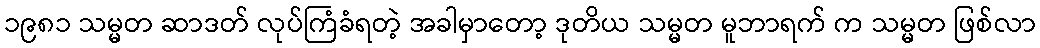
၁၉၈၁ သမ္မတ ဆာဒတ် လုပ်ကြံခံရတဲ့ အခါမှာတော့ ဒုတိယ သမ္မတ မူဘာရက် က သမ္မတ ဖြစ်လာ